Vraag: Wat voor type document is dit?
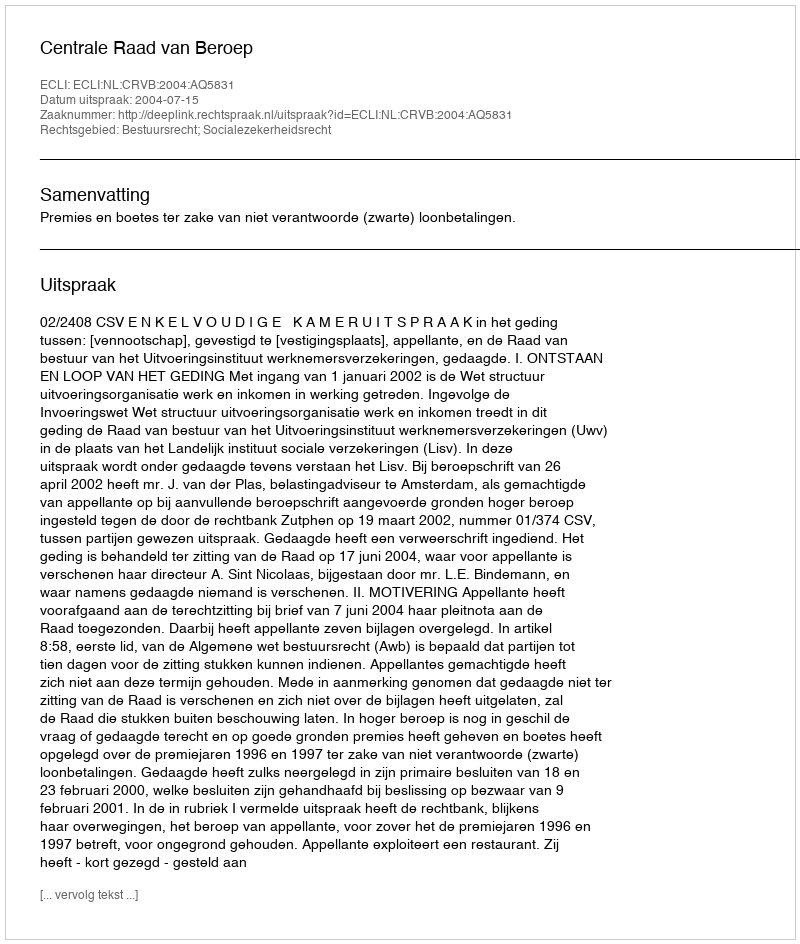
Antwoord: Uitspraak